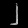
Digit: ၂